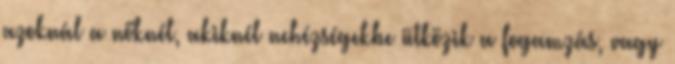
azoknál a nőknél, akiknél nehézségekbe ütközik a fogamzás, vagy